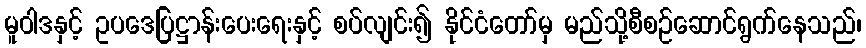
မူဝါဒနှင့် ဥပဒေပြဋ္ဌာန်းပေးရေးနှင့် စပ်လျင်း၍ နိုင်ငံတော်မှ မည်သို့စီစဉ်ဆောင်ရွက်နေသည်၊